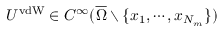
U ^ { \mathrm { v d W } } \in C ^ { \infty } ( \overline { { \Omega } } \setminus \{ x _ { 1 } , \cdots , x _ { N _ { m } } \} )